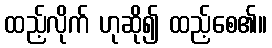
ထည့်လိုက် ဟုဆို၍ ထည့်စေ၏။